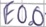
Text: E0.0